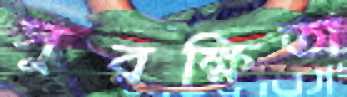
সুরক্ষিতা